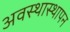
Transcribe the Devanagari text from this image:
अवस्थास्थापन